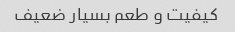
کیفیت و طعم بسیار ضعیف